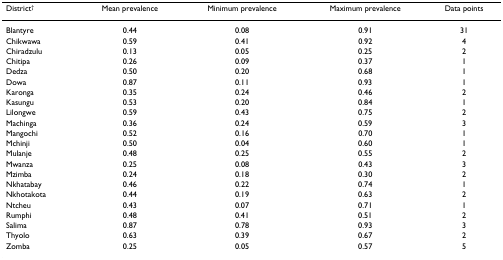
| District† | Mean prevalence | Minimum prevalence | Maximum prevalence | Data points |
 | --- | --- | --- | --- | --- |
 | Blantyre | 0.44 | 0.08 | 0.91 | 31 |
 | Chikwawa | 0.59 | 0.41 | 0.92 | 4 |
 | Chiradzulu | 0.13 | 0.05 | 0.25 | 2 |
 | Chitipa | 0.26 | 0.09 | 0.37 | 1 |
 | Dedza | 0.50 | 0.20 | 0.68 | 1 |
 | Dowa | 0.87 | 0.11 | 0.93 | 1 |
 | Karonga | 0.35 | 0.24 | 0.46 | 2 |
 | Kasungu | 0.53 | 0.20 | 0.84 | 1 |
 | Lilongwe | 0.59 | 0.43 | 0.75 | 2 |
 | Machinga | 0.36 | 0.24 | 0.59 | 3 |
 | Mangochi | 0.52 | 0.16 | 0.70 | 1 |
 | Mchinji | 0.50 | 0.04 | 0.60 | 1 |
 | Mulanje | 0.48 | 0.25 | 0.55 | 2 |
 | Mwanza | 0.25 | 0.08 | 0.43 | 3 |
 | Mzimba | 0.24 | 0.18 | 0.30 | 2 |
 | Nkhatabay | 0.46 | 0.22 | 0.74 | 1 |
 | Nkhotakota | 0.44 | 0.19 | 0.63 | 2 |
 | Ntcheu | 0.43 | 0.07 | 0.71 | 1 |
 | Rumphi | 0.48 | 0.41 | 0.51 | 2 |
 | Salima | 0.87 | 0.78 | 0.93 | 3 |
 | Thyolo | 0.63 | 0.39 | 0.67 | 2 |
 | Zomba | 0.25 | 0.05 | 0.57 | 5 |